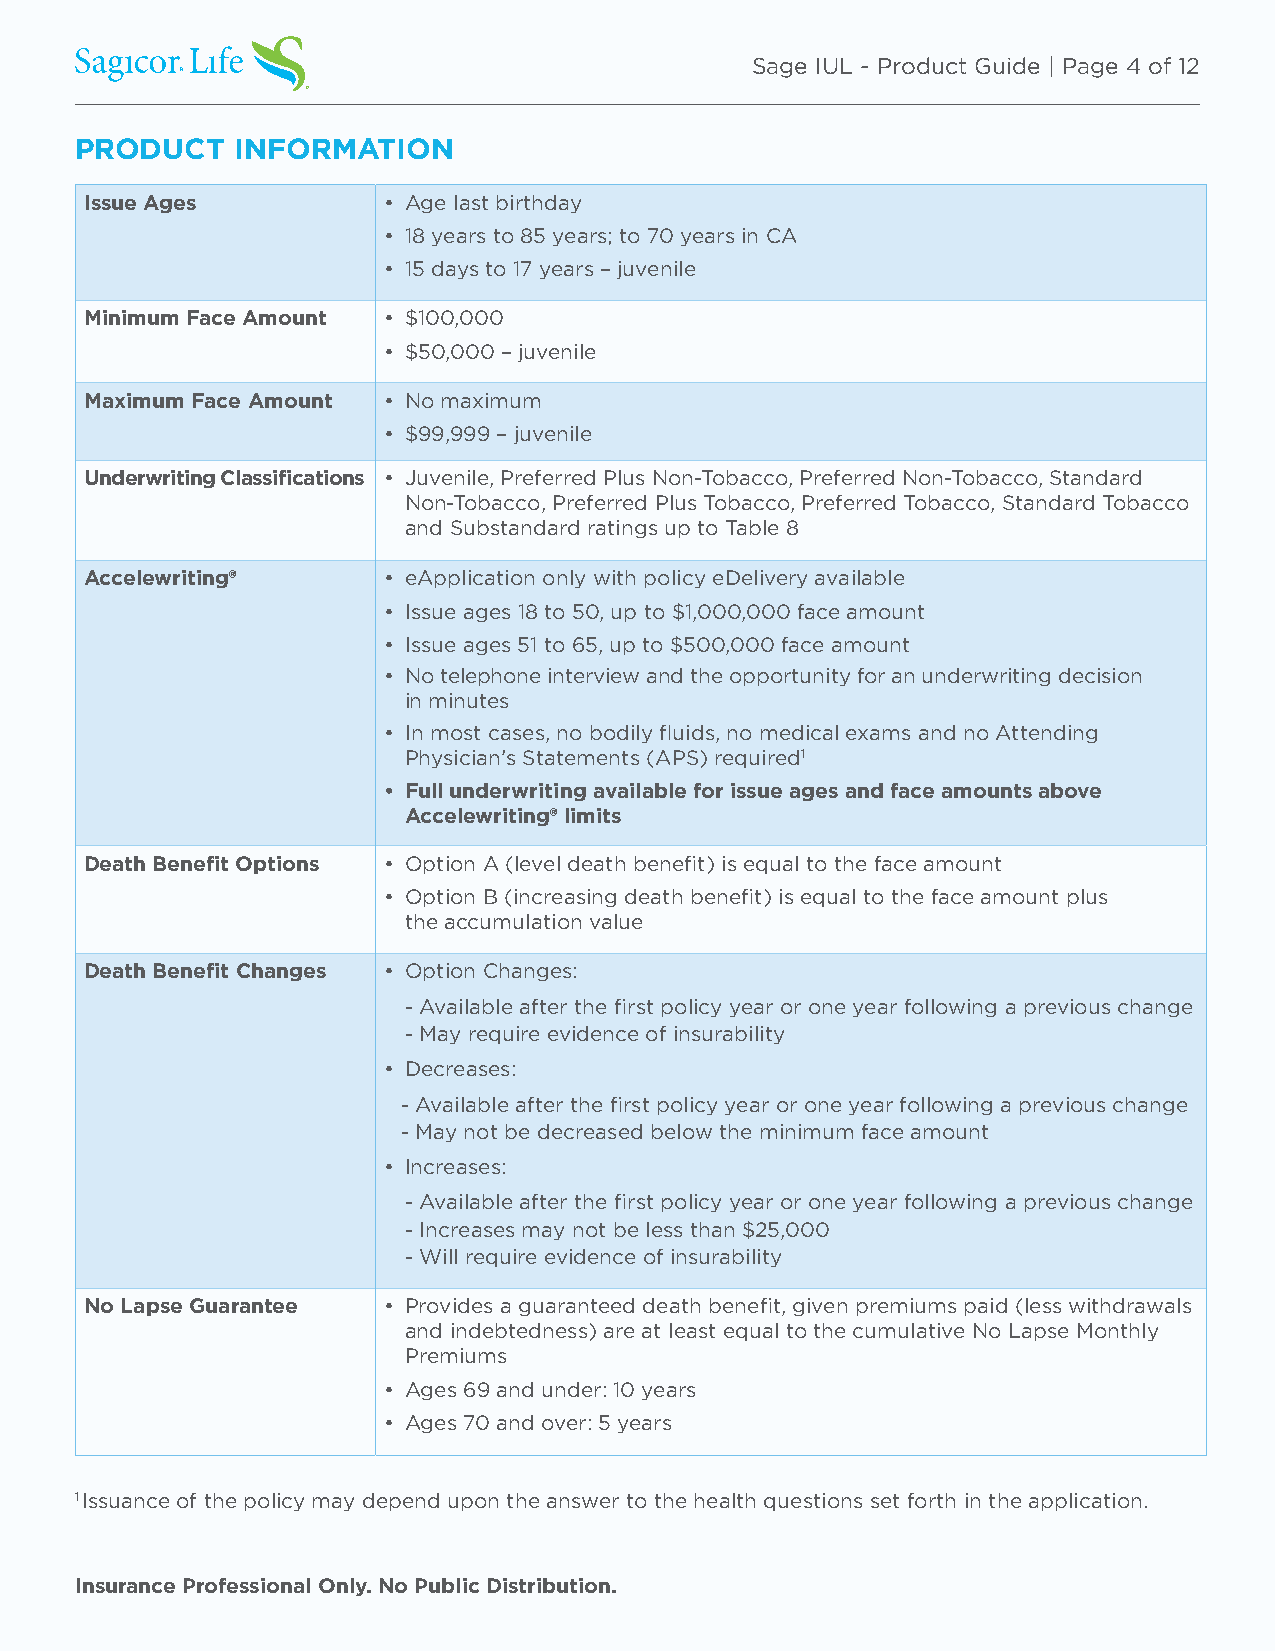
Sage IUL - Product Guide | Page 4 of 12
 PRODUCT    INFORMATION
 Issue Ages         • Age last birthday
 • 18 years to 85 years; to 70 years in CA
 • 15 days to 17 years – juvenile
 Minimum Face Amount • $100,000
 • $50,000 – juvenile
 Maximum Face Amount • No maximum
 • $99,999 – juvenile
 Underwriting Classifications • Juvenile, Preferred Plus Non-Tobacco, Preferred Non-Tobacco, Standard
 Non-Tobacco, Preferred Plus Tobacco, Preferred Tobacco, Standard Tobacco
 and Substandard ratings up to Table 8
 Accelewriting®     • eApplication only with policy eDelivery available
 • Issue ages 18 to 50, up to $1,000,000 face amount
 • Issue ages 51 to 65, up to $500,000 face amount
 • No telephone interview and the opportunity for an underwriting decision
 in minutes
 • In most cases, no bodily fluids, no medical exams and no Attending
 Physician’s Statements (APS) required1
 • Full underwriting available for issue ages and face amounts above
 Accelewriting® limits
 Death Benefit Options • Option A (level death benefit) is equal to the face amount
 • Option B (increasing death benefit) is equal to the face amount plus
 the accumulation value
 Death Benefit Changes • Option Changes:
 - Available after the first policy year or one year following a previous change
 - May require evidence of insurability
 • Decreases:
 - Available after the first policy year or one year following a previous change
 - May not be decreased below the minimum face amount
 • Increases:
 - Available after the first policy year or one year following a previous change
 - Increases may not be less than $25,000
 - Will require evidence of insurability
 No Lapse Guarantee • Provides a guaranteed death benefit, given premiums paid (less withdrawals
 and indebtedness) are at least equal to the cumulative No Lapse Monthly
 Premiums
 • Ages 69 and under: 10 years
 • Ages 70 and over: 5 years
 1 Issuance of the policy may depend upon the answer to the health questions set forth in the application.
 Insurance Professional Only. No Public Distribution.